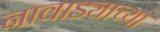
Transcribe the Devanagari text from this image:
नावाड्याच्या